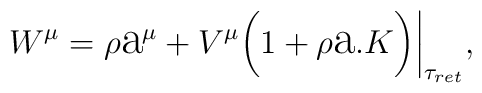
W^{\mu}=\rho\hbox{\Large a}^{\mu}+V^{\mu}{\bigg(}1+\rho\hbox{\Large a}.{K}{\bigg)}{\bigg|}_{\tau_{ret}},